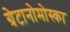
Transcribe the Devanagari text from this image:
ग्रेटानोमोस्का